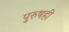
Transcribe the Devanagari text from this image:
पुरुषही